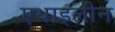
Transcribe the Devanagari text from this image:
एथाइलीन